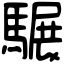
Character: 𩥇